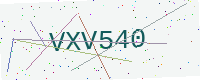
Text: VXV540